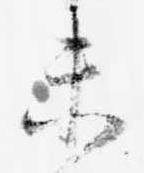
未